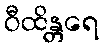
ဝီထိန္တရေ